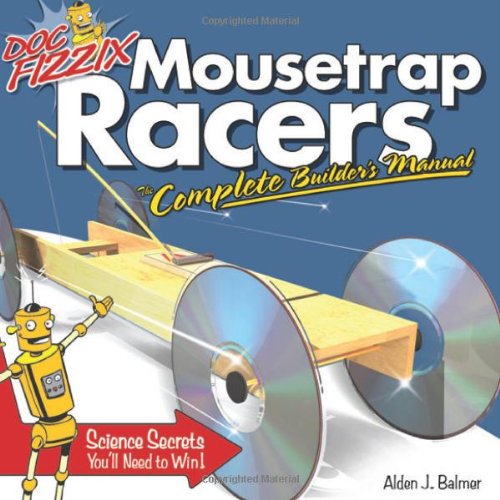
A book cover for Doc Fizzix Mousetrap Racers: The Complete Builder's Manual; Alden Balmer; Teen & Young Adult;